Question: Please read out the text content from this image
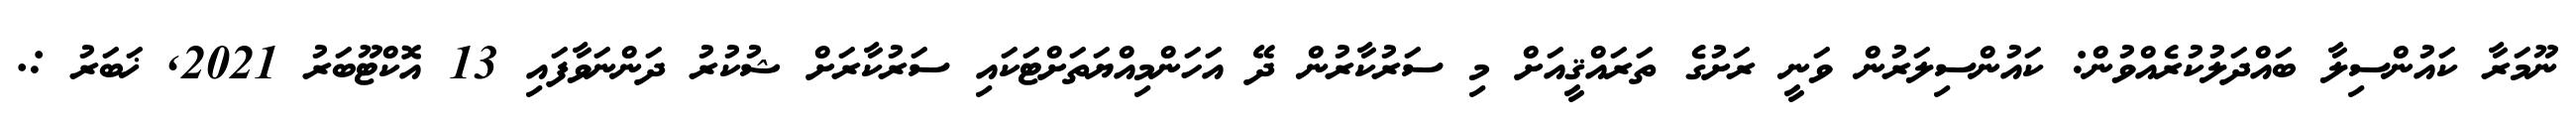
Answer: ނޫމަރާ ކައުންސިލާ ބައްދަލުކުރެއްވުން: ކައުންސިލަރުން ވަނީ ރަށުގެ ތަރައްޤީއަށް މި ސަރުކާރުން ދޭ އަހަންމިއްޔަތަށްޓަކައި ސަރުކާރަށް ޝުކުރު ދަންނަވާފައި 13 އޮކްޓޫބަރު 2021, ޚަބަރު :.